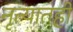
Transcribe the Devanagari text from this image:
नृत्यातही